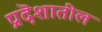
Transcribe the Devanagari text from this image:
प्रदॆशातील